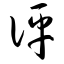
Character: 评